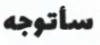
سأتوجه